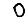
Digit: 0